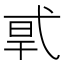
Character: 𰐎